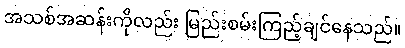
အသစ်အဆန်းကိုလည်း မြည်းစမ်းကြည့်ချင်နေသည်။